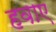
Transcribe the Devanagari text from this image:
हवाए